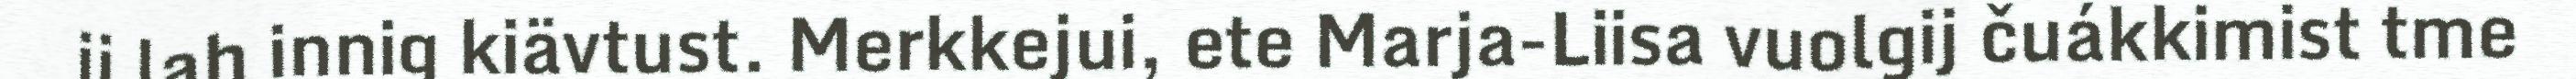
ij lah innig kiävtust. Merkkejui, ete Marja-Liisa vuolgij čuákkimist tme